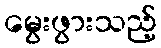
မွေးဖွားသည့်